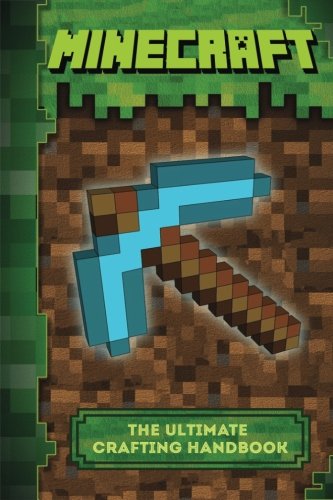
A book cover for Minecraft: The Ultimate Crafting Handbook: (Minecraft Diary, Minecraft Books) (The Unofficial Minecraft Secrets Series) (Volume 3); Kwick Reeds; Humor & Entertainment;